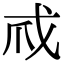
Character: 𢦞